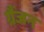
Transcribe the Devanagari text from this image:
ग्रैंजन